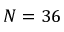
N = 3 6